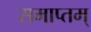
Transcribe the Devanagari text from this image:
समाप्तम्‌